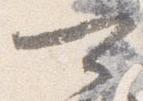
可